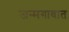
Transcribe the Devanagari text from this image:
जन्मगावात